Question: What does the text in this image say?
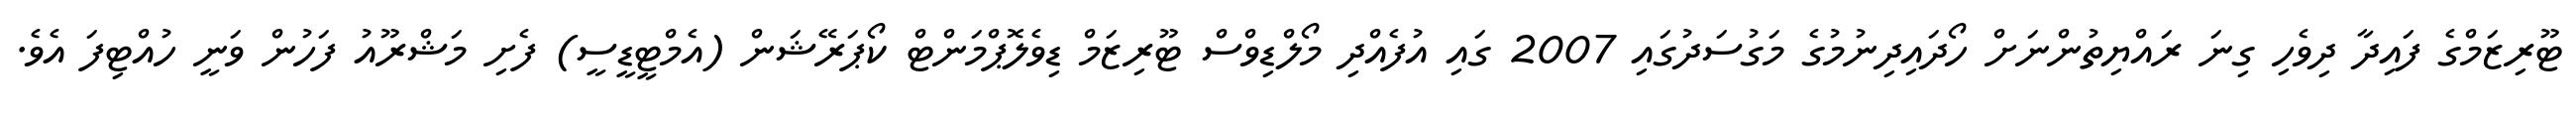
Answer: ޓޫރިޒަމްގެ ފައިދާ ދިވެހި ގިނަ ރައްޔިތުންނަށް ހޯދައިދިނުމުގެ މަގުސަދުގައި 2007 ގައި އުފެއްދި މޯލްޑިވްސް ޓޫރިޒަމް ޑިވެލޮޕްމަންޓް ކޯޕަރޭޝަން (އެމްޓީޑީސީ) ފެށި މަޝްރޫއު ފަހުން ވަނީ ހުއްޓިފަ އެވެ.